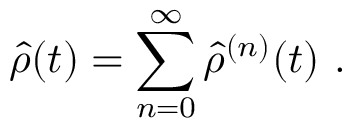
\hat { \rho } ( t ) = \sum _ { n = 0 } ^ { \infty } \hat { \rho } ^ { ( n ) } ( t ) \mathrm { ~ . ~ }